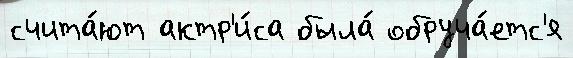
счита́ют актр'и́са была́ обруча́етс'я